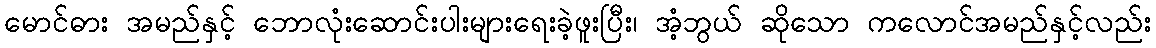
မောင်ဓား အမည်နှင့် ဘောလုံးဆောင်းပါးများရေးခဲ့ဖူးပြီး၊ အံ့ဘွယ် ဆိုသော ကလောင်အမည်နှင့်လည်း